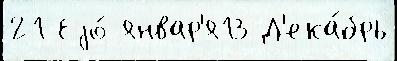
21 Еjо́ январ'я13 Д'ека́брь